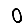
Digit: 0